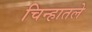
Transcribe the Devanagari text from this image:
चिन्हातले